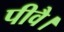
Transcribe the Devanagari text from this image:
पीवै।